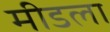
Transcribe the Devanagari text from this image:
मीडला